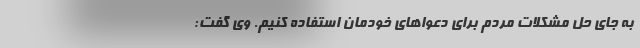
به جای حل مشکلات مردم برای دعوا‌های خودمان استفاده کنیم. وی گفت: